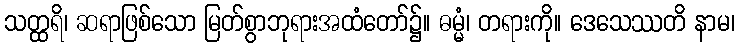
သတ္ထရိ၊ ဆရာဖြစ်သော မြတ်စွာဘုရားအထံတော်၌။ ဓမ္မံ၊ တရားကို။ ဒေသေဿတိ နာမ၊